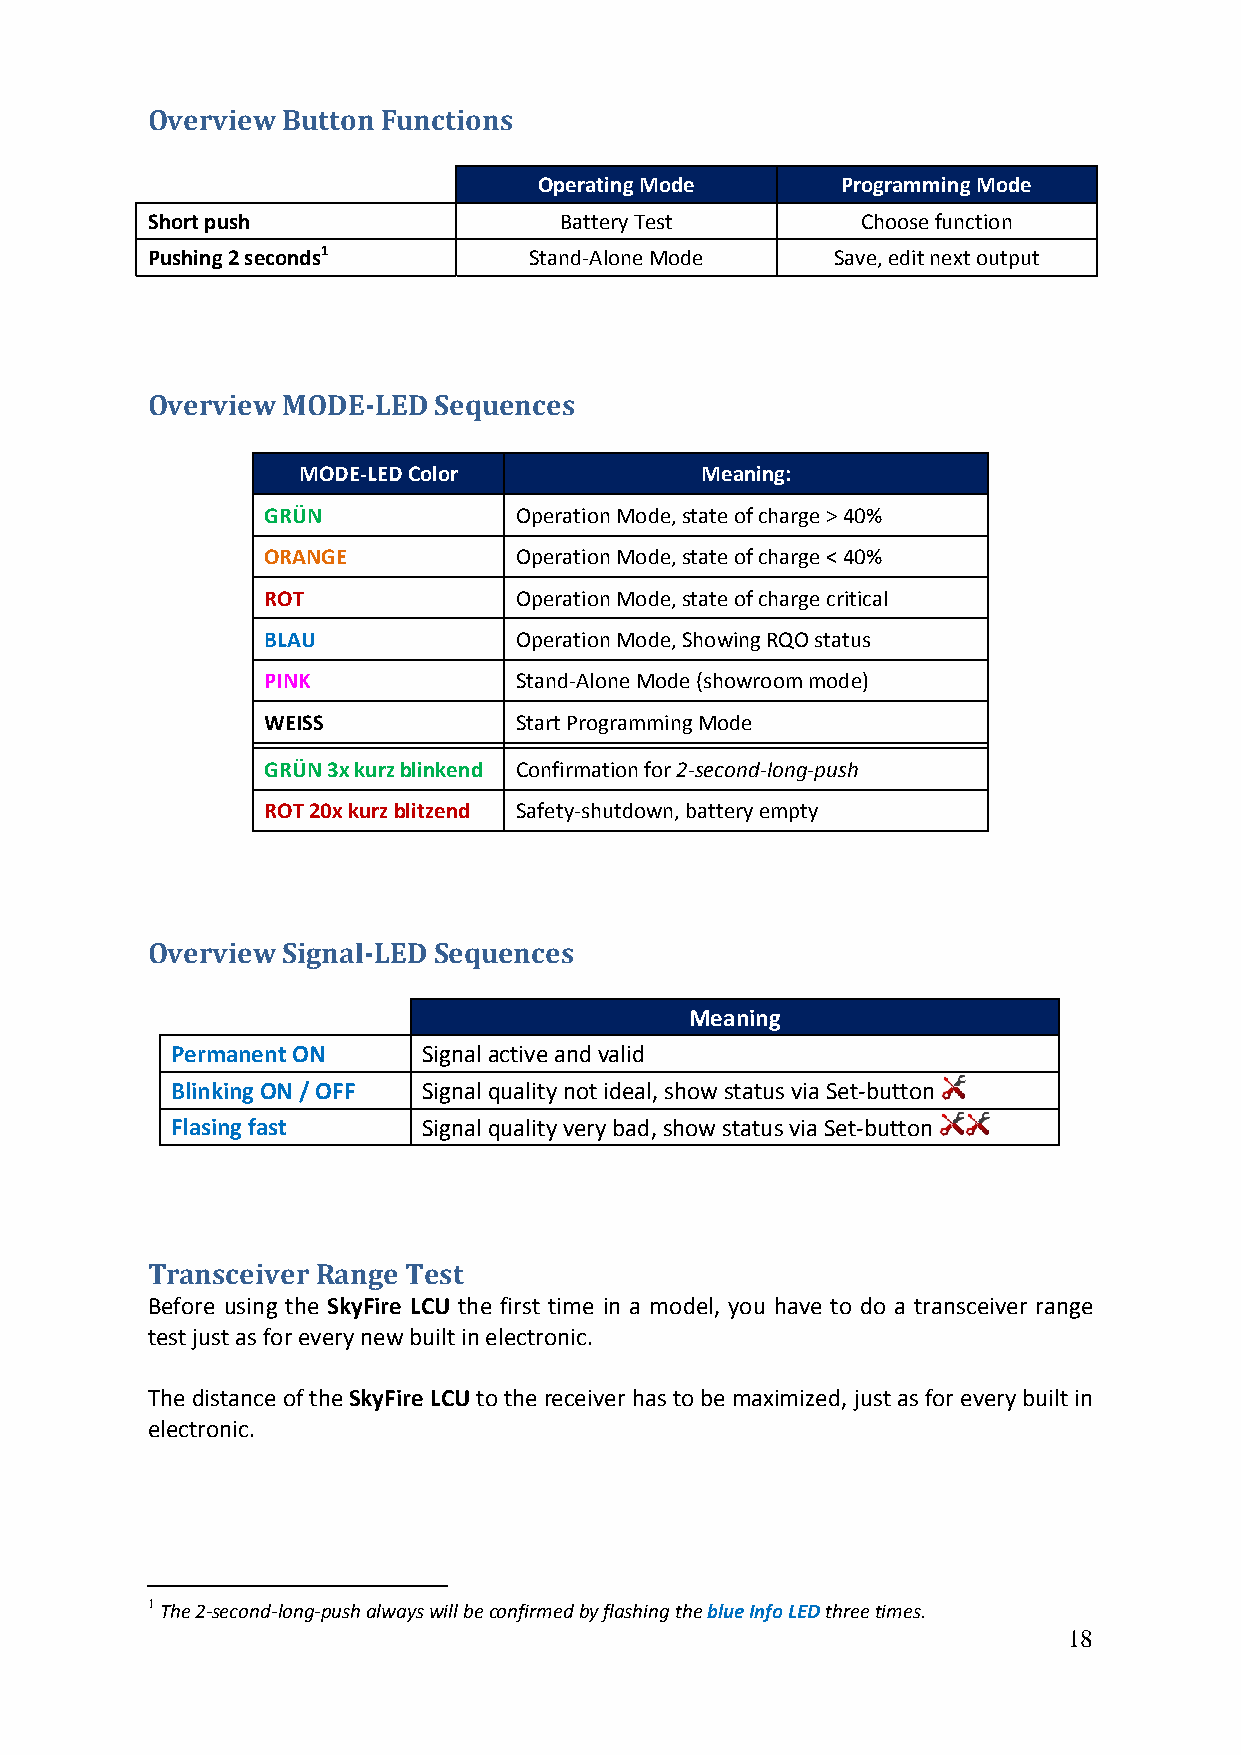
Overview Button Functions
 Operating Mode      Programming Mode
 Short push                 Battery Test        Choose function
 Pushing 2 seconds1       Stand‐Alone Mode    Save, edit next output
 Overview MODE‐LED  Sequences
 MODE‐LED Color            Meaning:
 GRÜN             Operation Mode, state of charge > 40%
 ORANGE           Operation Mode, state of charge < 40%
 ROT              Operation Mode, state of charge critical
 BLAU             Operation Mode, Showing RQO status
 PINK             Stand‐Alone Mode (showroom mode)
 WEISS            Start Programming Mode
 GRÜN 3x kurz blinkend Confirmation for 2‐second‐long‐push
 ROT 20x kurz blitzend Safety‐shutdown, battery empty
 Overview Signal‐LED Sequences
 Meaning
 Permanent ON     Signal active and valid
 Blinking ON / OFF Signal quality not ideal, show status via Set‐button
 Flasing fast     Signal quality very bad, show status via Set‐button
 Transceiver Range Test
 Before using the SkyFire LCU the first time in a model, you have to do a transceiver range
 test just as for every new built in electronic.
 The distance of the SkyFire LCU to the receiver has to be maximized, just as for every built in
 electronic.
 1 The 2‐second‐long‐push always will be confirmed by flashing the blue Info LED three times.
 18